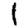
Digit: 1